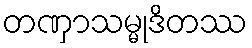
တဏှာသမ္မုဒိတဿ